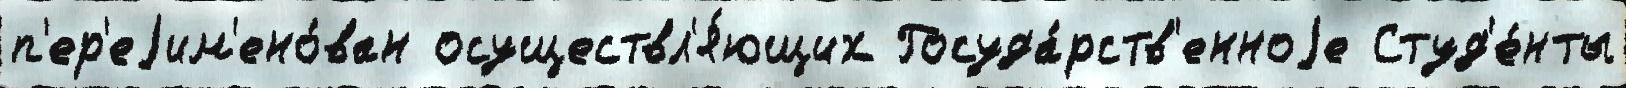
п'ер'еjим'ено́ван осуществл'я́ющих Госуда́рств'енноjе Студ'е́нты